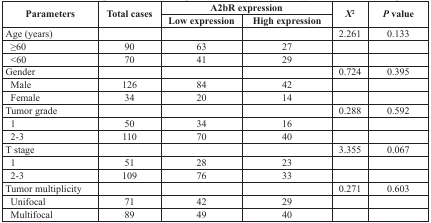
<table><thead><tr><td rowspan="2"><b>Parameters</b></td><td rowspan="2"><b>Total cases</b></td><td colspan="2"><b>A2bR expression</b></td><td rowspan="2"><b><i>X</i><sup>2</sup></b></td><td rowspan="2"><b><i>P</i> value</b></td></tr><tr><td><b>Low expression</b></td><td><b>High expression</b></td></tr></thead><tbody><tr><td>Age (years)</td><td>[EMPTY_CELL]</td><td>[EMPTY_CELL]</td><td>[EMPTY_CELL]</td><td>2.261</td><td>0.133</td></tr><tr><td> ≥60</td><td>90</td><td>63</td><td>27</td><td>[EMPTY_CELL]</td><td>[EMPTY_CELL]</td></tr><tr><td> &lt;60</td><td>70</td><td>41</td><td>29</td><td>[EMPTY_CELL]</td><td>[EMPTY_CELL]</td></tr><tr><td>Gender</td><td>[EMPTY_CELL]</td><td>[EMPTY_CELL]</td><td>[EMPTY_CELL]</td><td>0.724</td><td>0.395</td></tr><tr><td> Male</td><td>126</td><td>84</td><td>42</td><td>[EMPTY_CELL]</td><td>[EMPTY_CELL]</td></tr><tr><td> Female</td><td>34</td><td>20</td><td>14</td><td>[EMPTY_CELL]</td><td>[EMPTY_CELL]</td></tr><tr><td>Tumor grade</td><td>[EMPTY_CELL]</td><td>[EMPTY_CELL]</td><td>[EMPTY_CELL]</td><td>0.288</td><td>0.592</td></tr><tr><td> 1</td><td>50</td><td>34</td><td>16</td><td>[EMPTY_CELL]</td><td>[EMPTY_CELL]</td></tr><tr><td> 2-3</td><td>110</td><td>70</td><td>40</td><td>[EMPTY_CELL]</td><td>[EMPTY_CELL]</td></tr><tr><td>T stage</td><td>[EMPTY_CELL]</td><td>[EMPTY_CELL]</td><td>[EMPTY_CELL]</td><td>3.355</td><td>0.067</td></tr><tr><td> 1</td><td>51</td><td>28</td><td>23</td><td>[EMPTY_CELL]</td><td>[EMPTY_CELL]</td></tr><tr><td> 2-3</td><td>109</td><td>76</td><td>33</td><td>[EMPTY_CELL]</td><td>[EMPTY_CELL]</td></tr><tr><td>Tumor multiplicity</td><td>[EMPTY_CELL]</td><td>[EMPTY_CELL]</td><td>[EMPTY_CELL]</td><td>0.271</td><td>0.603</td></tr><tr><td> Unifocal</td><td>71</td><td>42</td><td>29</td><td>[EMPTY_CELL]</td><td>[EMPTY_CELL]</td></tr><tr><td> Multifocal</td><td>89</td><td>49</td><td>40</td><td>[EMPTY_CELL]</td><td>[EMPTY_CELL]</td></tr></tbody></table>